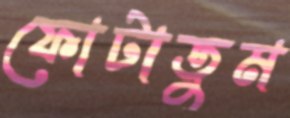
ফোটাতুম